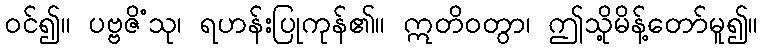
ဝင်၍။ ပဗ္ဗဇိံသု၊ ရဟန်းပြုကုန်၏။ ဣတိဝတွာ၊ ဤသို့မိန့်တော်မူ၍။